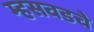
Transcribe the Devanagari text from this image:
म्हसवडचे